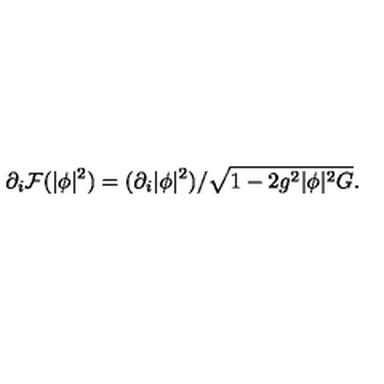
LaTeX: \partial _ { i } { \cal F } ( | \phi | ^ { 2 } ) = ( \partial _ { i } | \phi | ^ { 2 } ) / \sqrt { 1 - 2 g ^ { 2 } | \phi | ^ { 2 } G } .